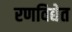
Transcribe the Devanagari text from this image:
रणविद्येत